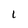
Character: L